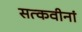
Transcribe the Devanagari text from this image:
सत्कवीनां